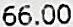
66.00